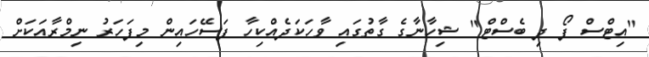
"އިޓްސް ފޯ ދި ބެސްޓް" ޝިހާނާގެ ގާތުގައި ވާހަކަދެއްކިހާ ފަސޭހައިން މިފަހަރު ނިމްރާއަކަށް